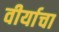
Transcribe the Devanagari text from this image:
वीर्याचा